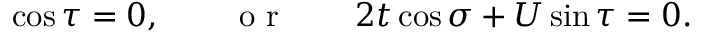
\cos \tau = 0 , \qquad \textrm { o r } \qquad 2 t \cos \sigma + U \sin \tau = 0 .